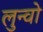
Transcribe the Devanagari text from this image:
लुन्वो